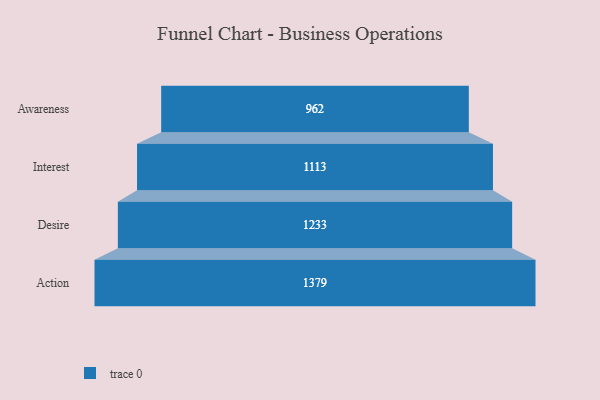
{"axis": {"x": "Stage", "y": "Value"}, "legend": [""], "data": [{"x": "Awareness", "y": 962.0, "type": ""}, {"x": "Interest", "y": 1113.0, "type": ""}, {"x": "Desire", "y": 1233.0, "type": ""}, {"x": "Action", "y": 1379.0, "type": ""}]}